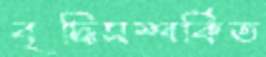
বৃদ্ধিসম্পর্কিত